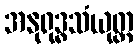
အနုရုဒ္ဓသံယုတ္တ